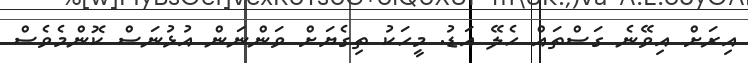
އިރަށް އިވޭނެ ގަސްތައް ހެލޭ އަޑު. މީހަކު ތިގެޔަށް ވަންނަން އުޅުނަސް ކޮންމެވެސް